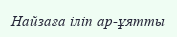
Найзаға іліп ар-ұятты